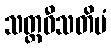
သတ္တဝီသတိမံ